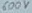
Text: 600V